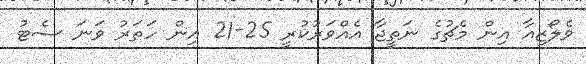
ވެލޯޒިއާ އިން މެޗުގެ ނަތީޖާ އެއްވަރުކުރީ 25-21 އިން ހަތަރު ވަނަ ސެޓު